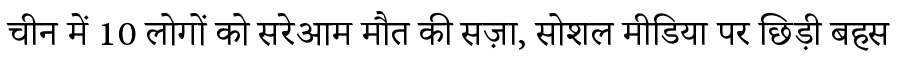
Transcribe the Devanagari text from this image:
चीन में 10 लोगों को सरेआम मौत की सज़ा, सोशल मीडिया पर छिड़ी बहस